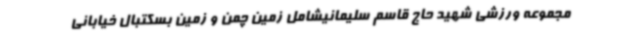
مجموعه ورزشی شهید حاج قاسم سلیمانیشامل زمین چمن و زمین بسکتبال خیابانی